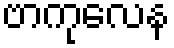
ဗာကုလေန